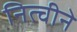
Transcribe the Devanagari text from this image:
नित्चीने